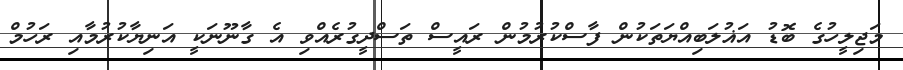
މަޖިލީހުގެ ބޮޑު އަޣުލަބިއްޔަތަކުން ފާސްކުރުމުން ރައީސް ތަސްދީގުރެއްވި އެ ގާނޫނަކީ އަނިޔާކުރުމާއި ރަހުމް